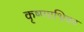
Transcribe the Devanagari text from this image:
कृष्णाभ्रिका